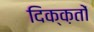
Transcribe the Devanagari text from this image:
दिक्क़तों